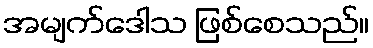
အမျက်ဒေါသ ဖြစ်စေသည်။